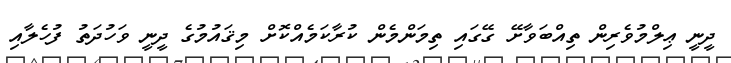
ދީނީ ޢިލްމުވެރިން ތިއްބަވާށޭ ގޭގައި ތިމަންމެން ކުރާކަމެއްކޮށް މިޤައުމުގެ ދީނީ ވަހުދަތު ފުހެލާއި